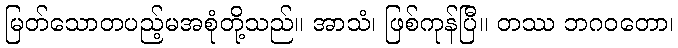
မြတ်သောတပည့်မအစုံတို့သည်။ အာသံ၊ ဖြစ်ကုန်ပြီ။ တဿ ဘဂဝတော၊